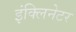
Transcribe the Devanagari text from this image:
इंक्लिनेटर